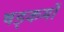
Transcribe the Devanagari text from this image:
षड्कर्मों